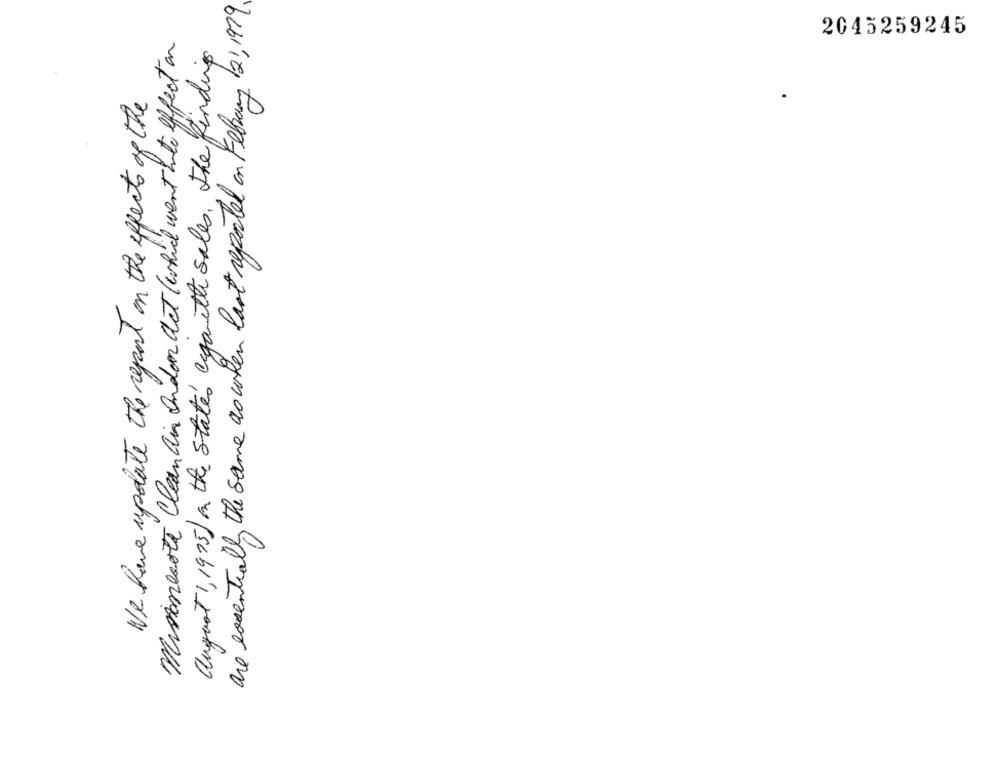
are essentially the same as when last reported on February 121,1979
2045259245
minnesota Clean air Ondon act (which went into effect on
august 1, 1975) on the states cigarette sales, the finding
We have update the report on the effects of the